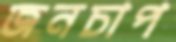
জনচাপ